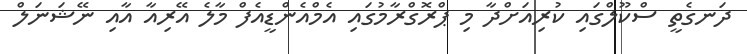
ދަނގެތީ ސްކޫލްގައި ކުރިއަށްދާ މި ޕްރޮގްރާމުގައި އެމްއެންޑީއެފް މާލެ އޭރިއާ އާއި ނޭޝަނަލް